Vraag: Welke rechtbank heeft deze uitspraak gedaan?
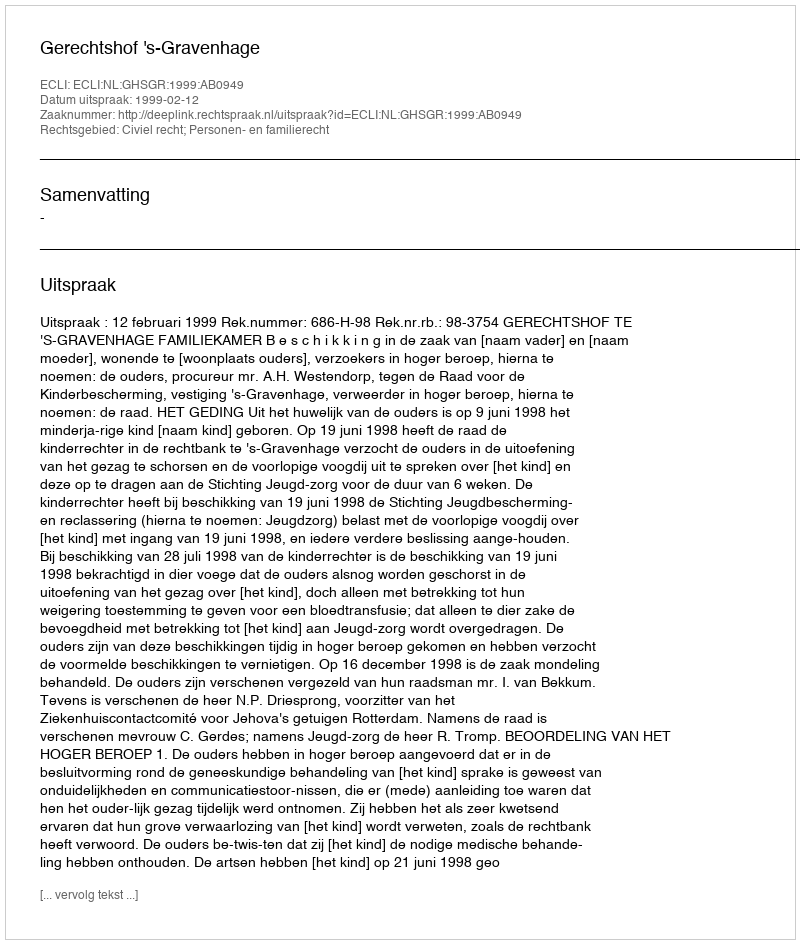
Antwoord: Gerechtshof 's-Gravenhage